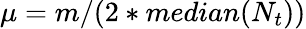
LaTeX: \mu=m/(2*median(N_{t}))